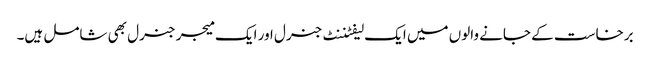
برخاست کے جانے والوں میں ایک لیفٹننٹ جنرل اور ایک میجر جنرل بھی شامل ہیں۔